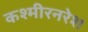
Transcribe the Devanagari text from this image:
कश्मीरनरेश